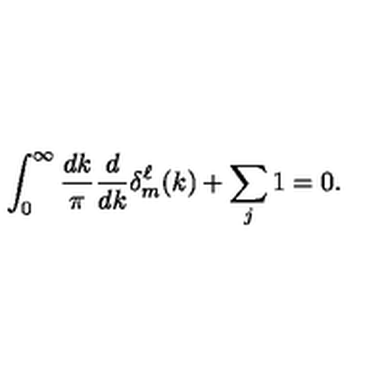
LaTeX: \int _ { 0 } ^ { \infty } \frac { d k } { \pi } \frac { d } { d k } \delta _ { m } ^ { \ell } ( k ) + \sum _ { j } 1 = 0 .